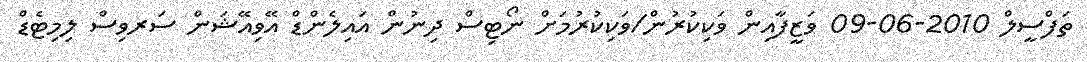
ތަފްސީލް 2010-06-09 ވަޒީފާއިން ވަކިކުރުން/ވަކިކުރުމަށް ނޯޓިސް ދިނުން އައިލެންޑް އޭވިއޭޝަން ސަރވިސް ލިމިޓެޑް